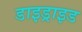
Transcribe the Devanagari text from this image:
डाइड्राइड